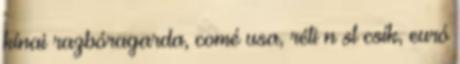
kínai razbóragarda, comé usa, réti n st csík, euró